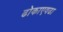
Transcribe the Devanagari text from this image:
ढोकाएवढा